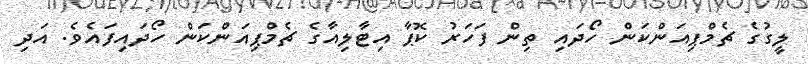
ލީގުގެ ޗެމްޕިއަންކަން ހޯދައި ތިން ފަހަރު ކޮޕާ އިޓާލިއާގެ ޗެމްޕިއަންކަން ހޯދައިފައެވެ. އަދި